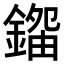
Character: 𨪿